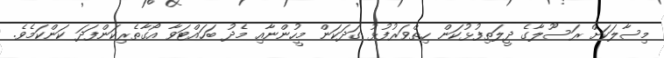
މިސާލަކަށް ރަސޫލާގެ ދީލަތިފުޅުކަން ހިތްވަރުފުޅު ގަދަކަން މީހުންނާއި މެދު ބަހައްޓަވާ އޯގާތެރިކަންފަދަ ކަންކަމެވެ.